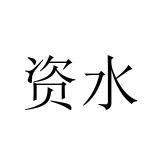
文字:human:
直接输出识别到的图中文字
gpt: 资水